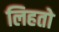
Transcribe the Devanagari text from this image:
लिहतो